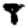
Digit: 8